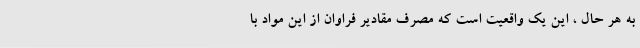
به هر حال ، این یک واقعیت است که مصرف مقادیر فراوان از این مواد با